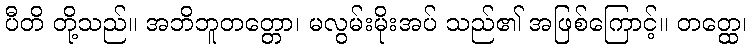
ပီတိ တို့သည်။ အဘိဘူတတ္တော၊ မလွမ်းမိုးအပ် သည်၏ အဖြစ်ကြောင့်။ တတ္ထေ၊